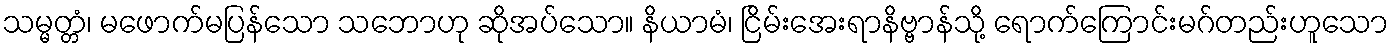
သမ္မတ္တံ၊ မဖောက်မပြန်သော သဘောဟု ဆိုအပ်သော။ နိယာမံ၊ ငြိမ်းအေးရာနိဗ္ဗာန်သို့ ရောက်ကြောင်းမဂ်တည်းဟူသော